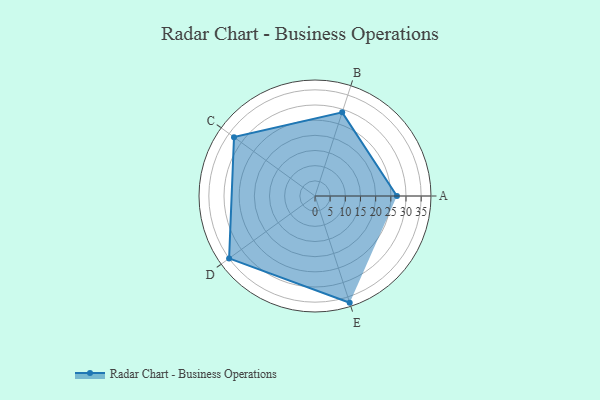
{"axis": {"x": "Skill", "y": "Score"}, "legend": ["Profile"], "data": [{"x": "A", "y": 27.0, "type": "Profile"}, {"x": "B", "y": 29.0, "type": "Profile"}, {"x": "C", "y": 33.0, "type": "Profile"}, {"x": "D", "y": 35.0, "type": "Profile"}, {"x": "E", "y": 37.0, "type": "Profile"}]}